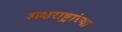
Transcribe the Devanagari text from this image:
अक्षराष्ट्रांच्या